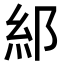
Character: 𮈂